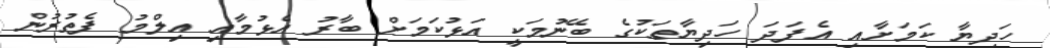
ހަދިޔާ ކަމަށާއި އެފަދަ ހަދިޔާތަކުގެ ބޭނުމަކީ އަޅުކަމަށް ބާރު އެޅުމާއި އިލްމު ފެތުރުން